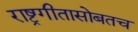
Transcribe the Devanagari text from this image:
राष्ट्रगीतासोबतच